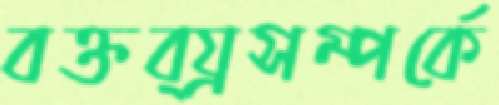
বক্তব্য্রসম্পর্কে